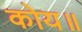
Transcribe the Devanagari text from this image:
कोय॥